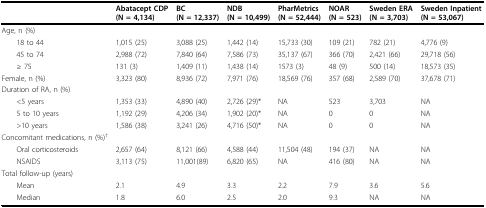
<table><thead><tr><td></td><td><b>Abatacept CDP(N = 4,134)</b></td><td><b>BC(N = 12,337)</b></td><td><b>NDB(N = 10,499)</b></td><td><b>PharMetrics(N = 52,444)</b></td><td><b>NOAR(N = 523)</b></td><td><b>Sweden ERA(N = 3,703)</b></td><td><b>Sweden Inpatient(N = 53,067)</b></td></tr></thead><tbody><tr><td>Age, n (%)</td><td></td><td></td><td></td><td></td><td></td><td></td><td></td></tr><tr><td> 18 to 44</td><td>1,015 (25)</td><td>3,088 (25)</td><td>1,442 (14)</td><td>15,733 (30)</td><td>109 (21)</td><td>782 (21)</td><td>4,776 (9)</td></tr><tr><td> 45 to 74</td><td>2,988 (72)</td><td>7,840 (64)</td><td>7,586 (73)</td><td>35,137 (67)</td><td>366 (70)</td><td>2,421 (66)</td><td>29,718 (56)</td></tr><tr><td> ≥ 75</td><td>131 (3)</td><td>1,409 (11)</td><td>1,438 (14)</td><td>1573 (3)</td><td>48 (9)</td><td>500 (14)</td><td>18,573 (35)</td></tr><tr><td>Female, n (%)</td><td>3,323 (80)</td><td>8,936 (72)</td><td>7,971 (76)</td><td>18,569 (76)</td><td>357 (68)</td><td>2,589 (70)</td><td>37,678 (71)</td></tr><tr><td>Duration of RA, n (%)</td><td></td><td></td><td></td><td></td><td></td><td></td><td></td></tr><tr><td> &lt;5 years</td><td>1,353 (33)</td><td>4,890 (40)</td><td>2,726 (29)*</td><td>NA</td><td>523</td><td>3,703</td><td>NA</td></tr><tr><td> 5 to 10 years</td><td>1,192 (29)</td><td>4,206 (34)</td><td>1,902 (20)*</td><td>NA</td><td>0</td><td>0</td><td>NA</td></tr><tr><td> &gt;10 years</td><td>1,586 (38)</td><td>3,241 (26)</td><td>4,716 (50)*</td><td>NA</td><td>0</td><td>0</td><td>NA</td></tr><tr><td>Concomitant medications, n (%)<sup>†</sup></td><td></td><td></td><td></td><td></td><td></td><td></td><td></td></tr><tr><td> Oral corticosteroids</td><td>2,657 (64)</td><td>8,121 (66)</td><td>4,588 (44)</td><td>11,504 (48)</td><td>194 (37)</td><td>NA</td><td>NA</td></tr><tr><td> NSAIDS</td><td>3,113 (75)</td><td>11,001(89)</td><td>6,820 (65)</td><td>NA</td><td>416 (80)</td><td>NA</td><td>NA</td></tr><tr><td>Total follow-up (years)</td><td></td><td></td><td></td><td></td><td></td><td></td><td></td></tr><tr><td> Mean</td><td>2.1</td><td>4.9</td><td>3.3</td><td>2.2</td><td>7.9</td><td>3.6</td><td>5.6</td></tr><tr><td> Median</td><td>1.8</td><td>6.0</td><td>2.5</td><td>2.0</td><td>9.3</td><td>NA</td><td>NA</td></tr></tbody></table>